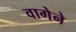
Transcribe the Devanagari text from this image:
वागेने